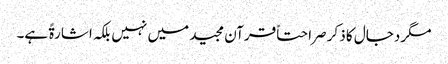
مگر دجال کا ذکر صراحتاً قرآن مجید میں نہیں بلکہ اشارۃً ہے۔